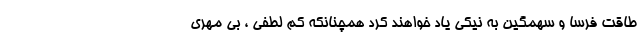
طاقت فرسا و سهمگین به نیکی یاد خواهند کرد همچنانکه کم لطفی ، بی مهری